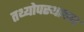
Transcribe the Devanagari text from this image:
तथ्योपस्थापन